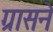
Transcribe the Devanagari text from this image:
ग्रासने